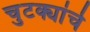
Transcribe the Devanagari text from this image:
चुटक्यांचे